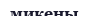
микены